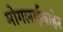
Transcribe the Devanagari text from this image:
मोगलाईबाहेर